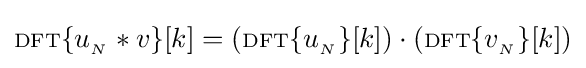
\scriptstyle {\rm {DFT}}\displaystyle {\{u_{_{N}}*v\}[k]}=\left(\scriptstyle {\rm {DFT}}\displaystyle \{u_{_{N}}\}[k]\right)\cdot \left(\scriptstyle {\rm {DFT}}\displaystyle \{v_{_{N}}\}[k]\right)